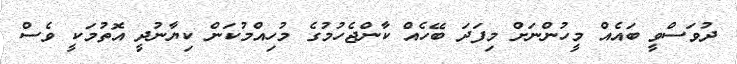
ދުވަސްވީ ބައެއް މީހުންނަށް މިފަދަ ބޭހެއް ކާންޖެހުމުގެ މުހިއްމުކަން ކިޔާނުދީ އޮތުމަކީ ވެސް